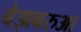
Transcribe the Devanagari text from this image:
बेझबरुआ